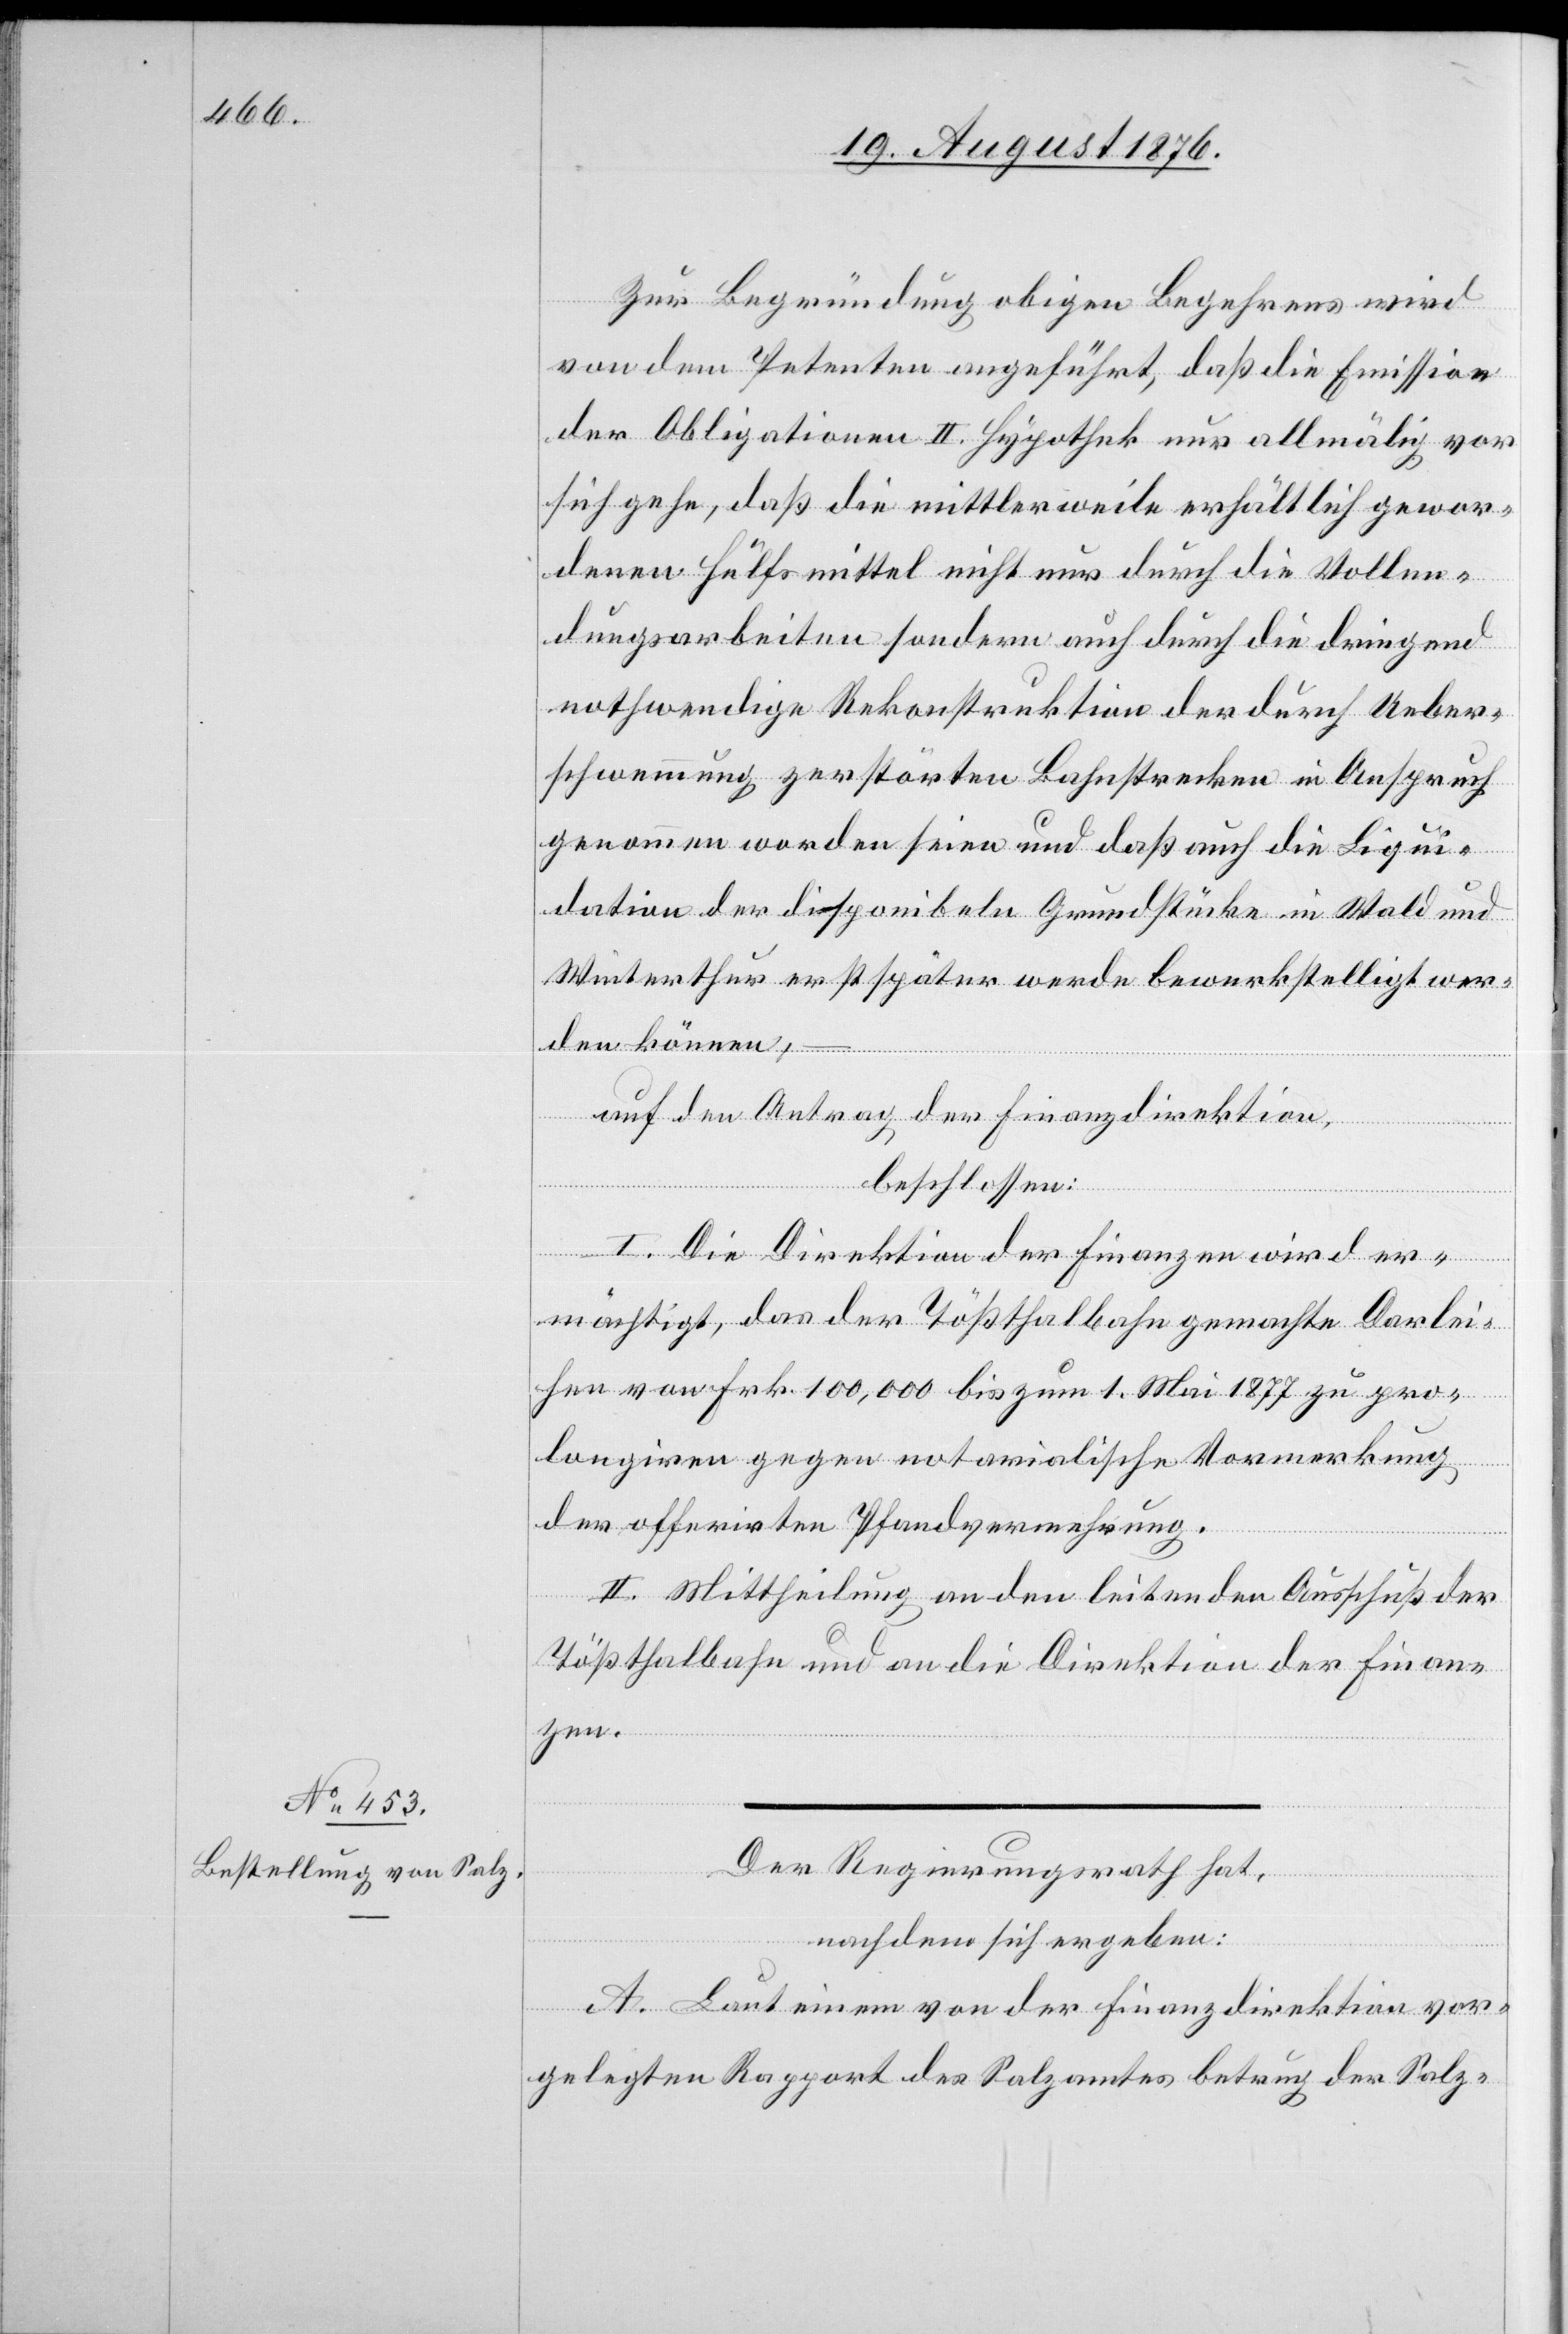
Zur Begründung obigen Begehrens wird
von dem Petenten angeführt, daß die Emission
der Obligationen II. Hypothek nur allmälig vor
sich gehe, daß die mittlerweile erhältlich gewor¬
denen Hülfsmittel nicht nur durch die Vollen¬
dungsarbeiten sondern auch durch die dringend
nothwendige Rekonstruktion der durch Ueber¬
schwemmung zerstörten Bahnstrecken in Anspruch
genommen worden seien und daß auch die Liqui¬
dation der disponibeln Grundstücke in Wald und
Winterthur erst später werde bewerkstelligt wer¬
den können, –
auf den Antrag der Finanzdirektion,
beschlossen:
I. Die Direktion der Finanzen wird er¬
mächtigt, das der Tößthalbahn gemachte Darlei¬
hen von Frk. 100,000 bis zum 1. Mai 1877 zu pro¬
longiren gegen notarialische Vormerkung
der offerirten Pfandvermehrung.
II. Mittheilung an den leitenden Ausschuß der
Tößthalbahn und an die Direktion der Finan¬
zen.
Der Regierungsrath hat
nachdem sich ergeben:
A. laut einem von der Finanzdirektion vor¬
gelegten Rapport des Salzamtes betrug der Salz-